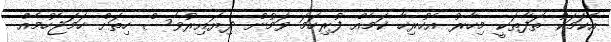
އެކަމަކު ތަފާތަކީ މިހާރު އެހުރިހާ ކަމެއް ފުރިހަމަ ވަމުން ދިޔައިރުވެސް ހިތަށް ހަމަޖެހުމެއް